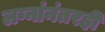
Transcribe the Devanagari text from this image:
लग्नांनंतरही